Bulletin of the Pasteur Institute of Southern India, Coonoor - No. 3.
Year: 1910
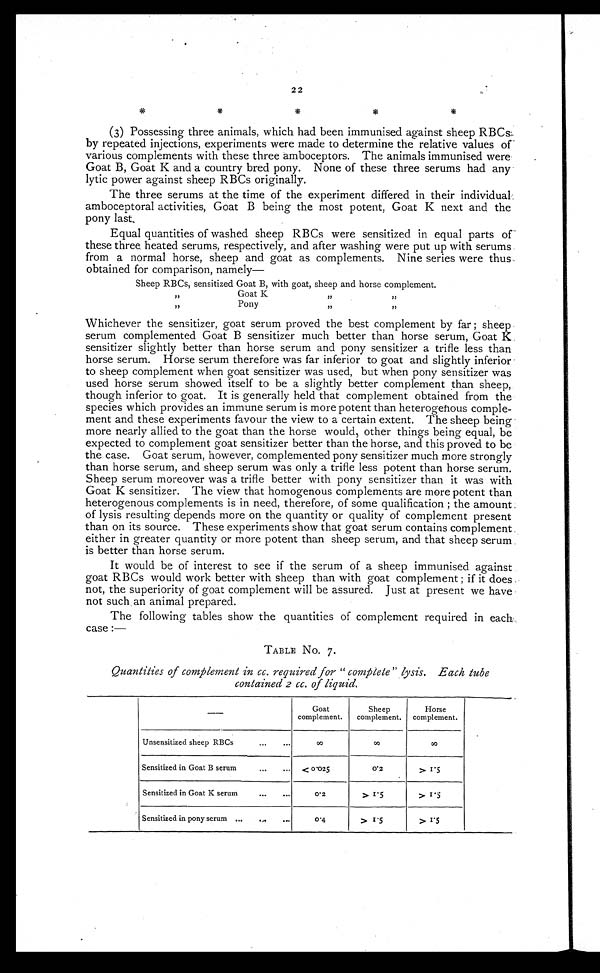
2 2
(3) Possessing three animals, which had been immunised against sheep R B C s
by repeated injections, experiments were made to determine the relative values of
various complements with these three amboceptors. The animals immunised were
Goat B, Goat K and a country bred pony. None of these three serums had any
lytic power against sheep RBCs originally.
The three serums at the time of the experiment differed in their individual
amboceptoral activities, Goat B being the most potent, Goat K next and the
pony last.
Equal quantities of washed sheep RBCs were sensitized in equal parts of
these three heated serums, respectively, and after washing were put up with serums
from a normal horse, sheep and goat as complements. Nine series were thus
obtained for comparison, namely—
Sheep RBCs, sensitized Goat B, with goat, sheep and horse complement .
,, G o a t K
, ,
,,
, , P o n y
, ,
, ,
, ,
Whichever the sensitizer, goat serum proved the best complement by far; sheep
serum complemented Goat B sensitizer much better than horse serum, Goat K
sensitizer slightly better than horse serum and pony sensitizer a trifle less than
horse serum. Horse serum therefore was far inferior to goat and slightly inferior
to sheep complement when goat sensitizer was used, but when pony sensitizer was
used horse serum showed itself to be a slightly better complement than sheep,
though inferior to goat. It is generally held that complement obtained from the
species which provides an immune serum is more potent than heterogthous comple-
ment and these experiments favour the view to a certain extent. The sheep being
more nearly allied to the goat than the horse would, other things being equal, be
expected to complement goat sensitizer better than the horse, and this proved to be
the case. Goat serum, however, complemented pony sensitizer much more strongly
than horse serum, and sheep serum was only a trifle less potent than horse serum.
Sheep serum moreover was a trifle better with pony sensitizer than it was with
Goat K sensitizer. The view that homogenous complements are more potent than
heterogenous complements is in need, therefore, of some qualification; the amount
of lysis resulting depends more on the quantity or quality of complement present
than on its source. These experiments show that goat serum contains complement
either in greater quantity or more potent than sheep serum, and that sheep serum
is better than horse serum.
It would be of interest to see if the serum of a sheep immunised against
goat RBCs would work better with sheep than with goat complement; if it does
not, the superiority of goat complement will be assured. Just at present we have
not such an animal prepared.
The following tables show the quantities of complement required in each
case:—
TABLE No. 7.
Quantities of complement in cc. required for "complete" lysis. Each tube
contained 2 cc. of liquid.
-
Goat
complement.
Sheep
complement.
Horse
complement.
Unsensitized sheep RBCs
...
...
∞
∞
∞
Sensitized in Goat B serum
...
...
< 0·0 25
0·2
> 1·' 5
Sensitized in Goat K serum
...
0
·
2
> 1·5
> 1·. 5
Sensitized in pony serum ...
„.
„.
0
·
4
> 1· 5
> 1 · 5